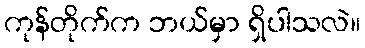
ကုန်တိုက်က ဘယ်မှာ ရှိပါသလဲ။